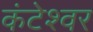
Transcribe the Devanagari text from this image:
कंटेश्वर